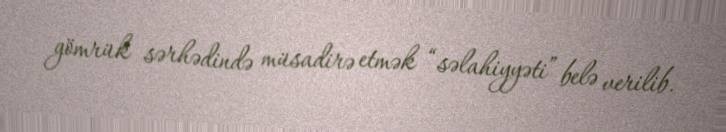
gömrük sərhədində müsadirə etmək “səlahiyyəti” belə verilib.